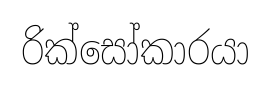
රික්සෝකාරයා